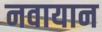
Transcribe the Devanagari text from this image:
नवायान